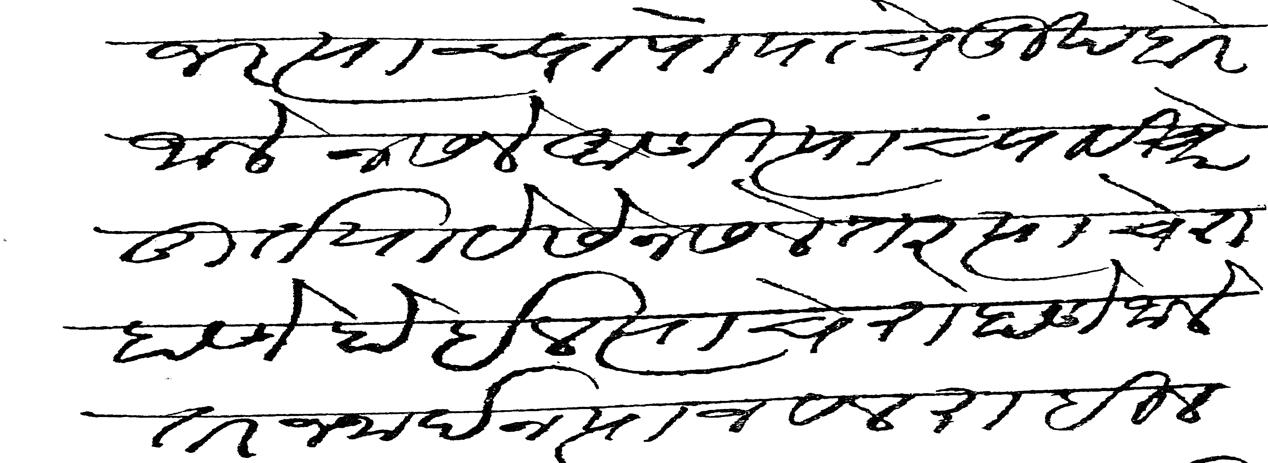
Transliteration (Devanagari): जर त्यांच्या पायाचे दुख बरें जालें नसलें आणि त्यांच्या विचारें तुर्त यावेसें नसलें तर त्यांचे राहणे होईल त्यांचे राहणे जालें तर जनार्दन त्यांजवळ राहील